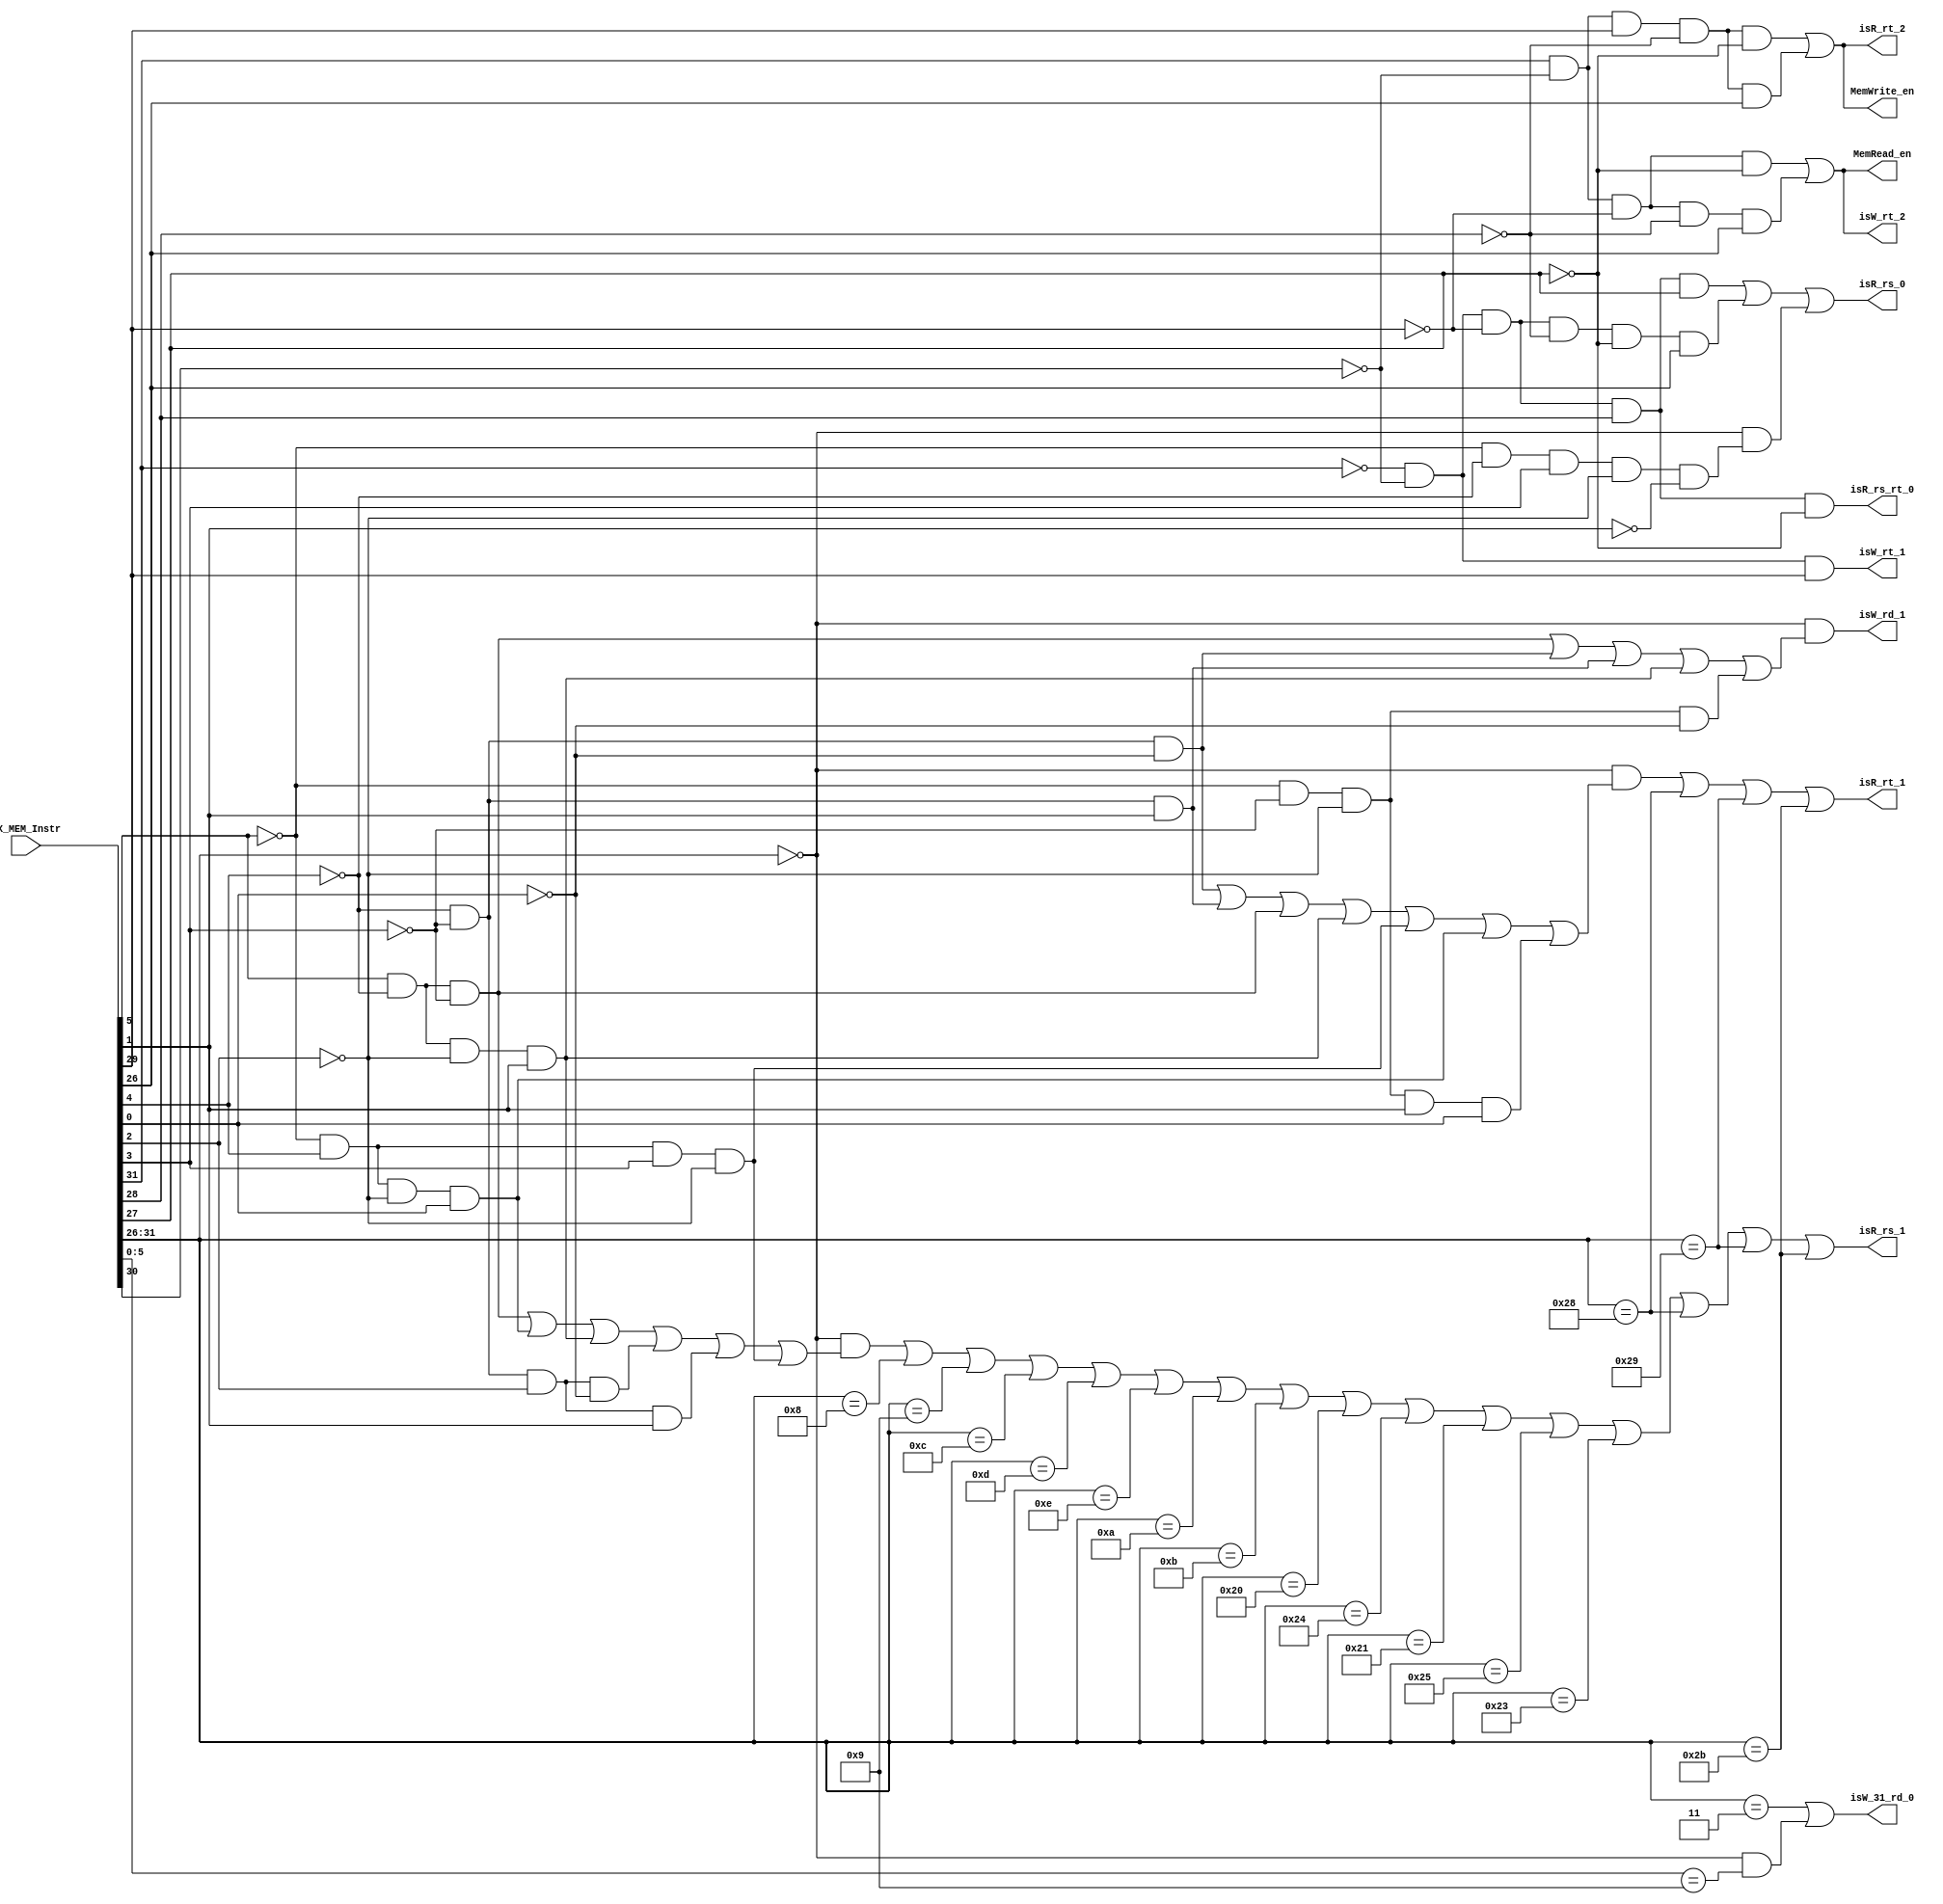
module MEM_Control(EX_MEM_Instr,MemRead_en,MemWrite_en,
        isW_rd_1,isW_rt_1,isW_rt_2,isW_31_rd_0,
        isR_rs_1,isR_rt_1,isR_rt_2,isR_rs_rt_0,isR_rs_0);
  input[31:0] EX_MEM_Instr;
  output MemRead_en;
  output MemWrite_en;
  
  output isW_rd_1;
  output isW_rt_1;
  output isW_rt_2;
  output isW_31_rd_0;
  
  output isR_rs_1;
  output isR_rt_1;
  output isR_rt_2;
  output isR_rs_rt_0;
  output isR_rs_0;
 
  wire[5:0] op;
  wire[5:0] f; 
  
  wire isR_rs_1_;
  
  assign op=EX_MEM_Instr[31:26];
  assign f=EX_MEM_Instr[5:0];
  
  
  assign MemRead_en=(op[5]&!op[4]&!op[3]&!op[1])|
                    (op[5]&!op[4]&!op[3]&!op[2]&op[0]);
  assign MemWrite_en=(op[5]&!op[4]&op[3]&!op[2]&!op[1])|
                     (op[5]&!op[4]&op[3]&!op[2]&op[0]);
  
  
  assign isW_rd_1=!op&(
            (f[5]&!f[4]&!f[3])|
            (!f[4]&!f[3]&!f[0])|
            (!f[4]&!f[3]&f[1])|
            (f[5]&!f[4]&!f[2]&f[1])|
            (!f[5]&!f[3]&!f[2]&!f[0])
            );//
  
  assign isW_rt_1=!op[5]&!op[4]&op[3];
  assign isW_rt_2=(op[5]&!op[4]&!op[3]&!op[1])|
                  (op[5]&!op[4]&!op[3]&!op[2]&op[0]);
  assign isW_31_rd_0=(op==3)|((op==0)&(f==9));
  
  //
   assign isR_rs_1=((!op)&
                     ((f[5]&!f[4]&!f[3])|
                      (!f[5]&f[4]&!f[2]&f[0])|
                      (f[5]&!f[4]&!f[2]&f[1])|
                      (!f[4]&!f[3]&f[2]&!f[0])|
                      (!f[4]&!f[3]&f[2]&f[1])|
                      (!f[5]&f[4]&f[3]&!f[2])))|
                      (op==8)|(op==9)|(op==12)|
                      (op==13)|(op==14)|(op==10)|
                      (op==11)|(op==32)|(op==36)|
                      (op==33)|(op==37)|(op==35)|
                      (op==40)|(op==41)|(op==43);
                    
                      
                  
    assign isR_rs_1_=(!op[5]&!op[4]&op[3]&!op[1])|
                     (!op[5]&!op[4]&op[3]&!op[2])|
                     (!op[5]&!op[4]&op[3]&!op[0])|
                     (op[5]&!op[4]&!op[3]&!op[1])|
                     (op[5]&!op[4]&!op[3]&!op[2]&op[0]);            
  //  assign isR_rt_1=((!op)&((!f[5]&!f[4]&!f[3]&!f[2]&!f[0])|
    //                       (!f[5]&!f[4]&!f[3]&!f[2]&f[1])))|(isR_rs_1&!isR_rs_1_);
    assign isR_rt_1=(!op)&((!f[4]&!f[3]&!f[0])|
                           (!f[4]&!f[3]&f[1])|
                           (f[5]&!f[4]&!f[3])|
                           (f[5]&!f[4]&!f[2]&f[1])|
                           (!f[5]&f[4]&f[3]&!f[2])|
                           (!f[5]&f[4]&!f[2]&f[0])|
                           (!f[5]&!f[3]&!f[2]&f[1]&f[0]))
                           |(op==40)|(op==41)|(op==43);
                           //
                                        
    assign isR_rt_2=(op[5]&!op[4]&op[3]&!op[2]&!op[1])|
                    (op[5]&!op[4]&op[3]&!op[2]&op[0]);
    assign isR_rs_rt_0=!op[5]&!op[4]&!op[3]&op[2]&!op[1];
    
    assign isR_rs_0=((!op[5]&!op[4]&!op[3]&op[2]&op[1])|
                    (!op[5]&!op[4]&!op[3]&!op[2]&!op[1]&op[0]))
                   |(!op&(!f[5]&!f[4]&f[3]&!f[2]&!f[1]));
endmodule